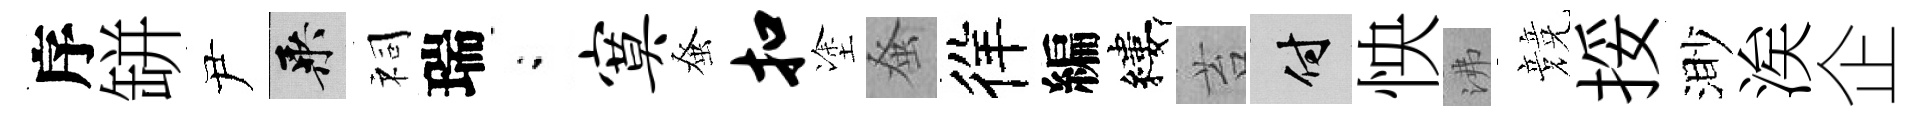
序缾尹乘祠瑞閤寞𫊫扣塗𫊫徉編縷苔付怏沸競挼渺涘企